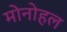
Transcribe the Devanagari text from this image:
मोनोहल